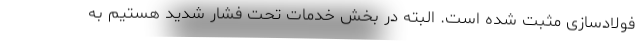
فولادسازی مثبت شده است. البته در بخش خدمات تحت فشار شدید هستیم به